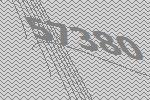
57380